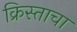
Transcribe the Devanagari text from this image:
क्रिस्ताचा